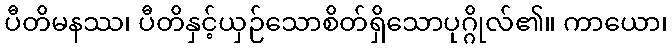
ပီတိမနဿ၊ ပီတိနှင့်ယှဉ်သောစိတ်ရှိသောပုဂ္ဂိုလ်၏။ ကာယော၊